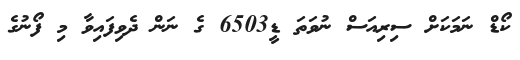
ކޯޑް ނަމަކަށް ސިރިއަސް ނުވަތަ ޑީ6503 ގެ ނަން ދެވިފައިވާ މި ފޯނުގެ